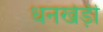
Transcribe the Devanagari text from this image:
धनखेड़ी